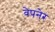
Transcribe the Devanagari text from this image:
वेपनेर